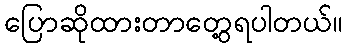
ပြောဆိုထားတာတွေ့ရပါတယ်။